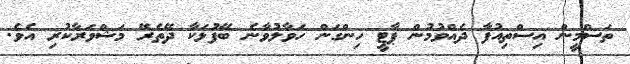
ތަސްމީން އިސްތިއުފާ ދެއްވުމުން ޕާޓީ ހިންގަން ހަވާލުވާނެ ބޭފުޅަކާ ދޭތެރޭ މަޝްވަރާކުރި އެވެ.